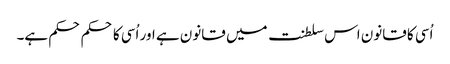
اُسی کا قانون اس سلطنت میں قانون ہے اور اُسی کا حکم حکم ہے۔